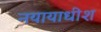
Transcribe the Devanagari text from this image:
नयायाधीश